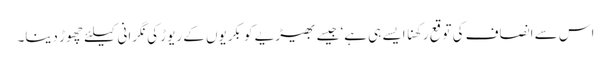
اس سے انصاف کی توقع رکھنا ایسے ہی ہے‘ جیسے بھیڑیے کو بکریوں کے ریوڑ کی نگرانی کیلئے چھوڑ دینا۔